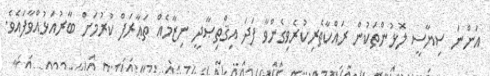
އަންނަ ސިޔާސީ ލޮޅުންތަކުން ރައްކާތެރިކުރެވިގެންވާ ފަދަ އިޤްތިޞާދީ ނިޒާމެއް ތަޢާރަފް ކުރުމަށް ބާރުއަޅުއްވާފައެވެ.